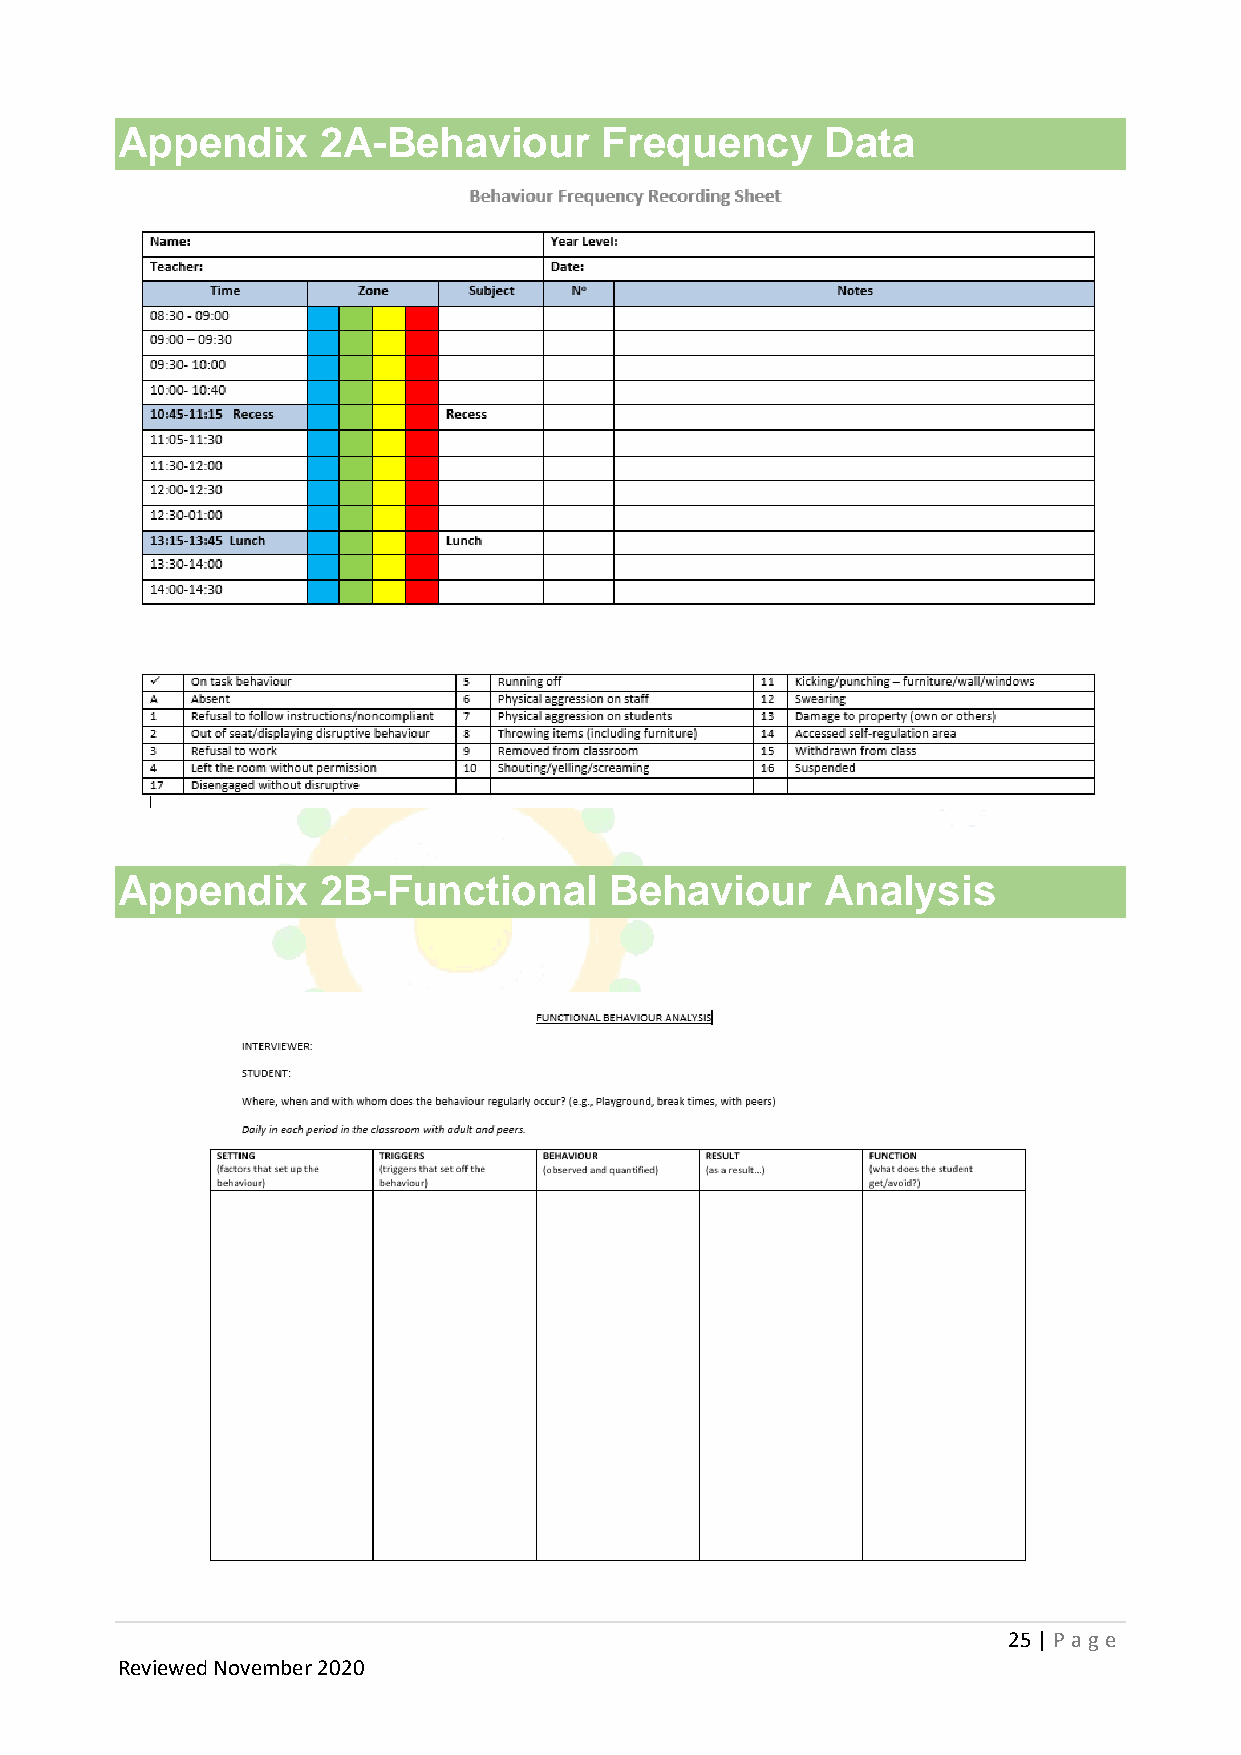
Appendix     2A-Behaviour       Frequency      Data
 Appendix     2B-Functional      Behaviour      Analysis
 25 | P age
 Reviewed November 2020